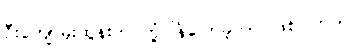
ဦးကျော်မိုးထွန်းက တုံ့ပြန်ပြောခဲ့တာ ဖြစ်ပါတယ်။